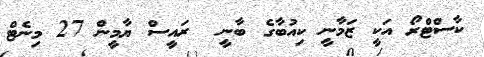
ކާސްޓްރޯ އަކީ ޒަމާނީ ކިއުބާގެ ބާނީ  ރައީސް ޔާމީން 27 މިނެޓް